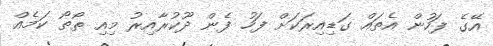
އޭގެ ފަހުން އެތައް ގަޑިއިރަކަށް ފަހު ފެން ދޫކުރާއިރު މިއި ތޯތޯ ކަމެއްް